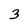
Character: 3